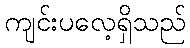
ကျင်းပလေ့ရှိသည်